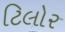
ટિલોર